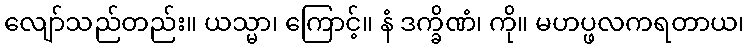
လျော်သည်တည်း။ ယသ္မာ၊ ကြောင့်။ နံ ဒက္ခိဏံ၊ ကို။ မဟပ္ဖလကရတာယ၊